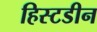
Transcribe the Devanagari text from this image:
हिस्टडीन